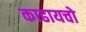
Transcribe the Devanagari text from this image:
काढायचो